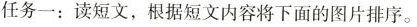
任务一 : 读短文 , 根据短文内容将下面的图片排序.